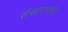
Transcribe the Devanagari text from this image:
संसारगति